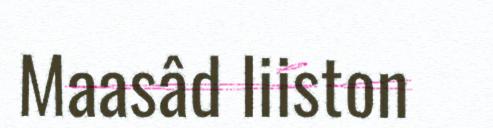
Maasâd liiston